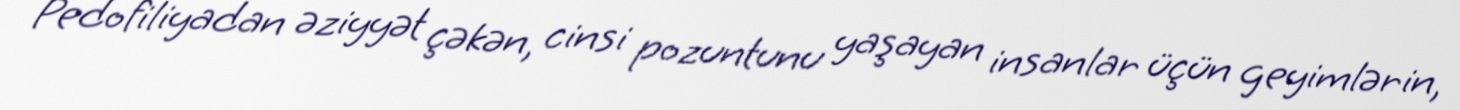
Pedofiliyadan əziyyət çəkən, cinsi pozuntunu yaşayan insanlar üçün geyimlərin,